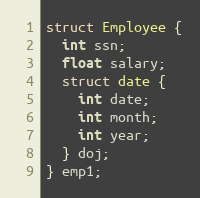
Language: C
struct Employee {
  int ssn;
  float salary;
  struct date {
    int date;
    int month;
    int year;
  } doj;
} emp1;